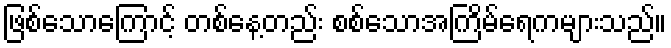
ဖြစ်သောကြောင့် တစ်နေ့တည်း စစ်သောအကြိမ်ရေကများသည်။